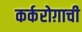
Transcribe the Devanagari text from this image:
कर्करोग़ाची